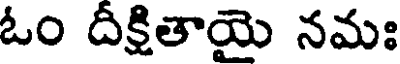
ఓం దీక్షితాయై నమః